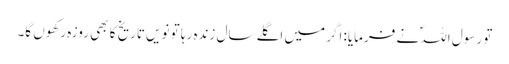
تو رسول اللہؐ نے فرمایا: اگر میں اگلے سال زندہ رہا تو نویں تاریخ کا بھی روزہ رکھوں گا۔